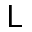
\mathsf { L }